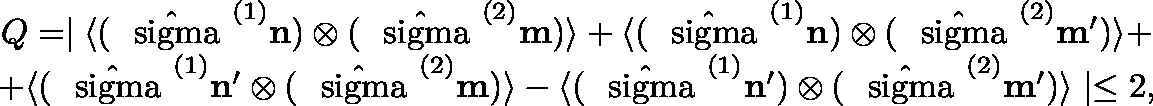
\begin{array} { c } { { Q = \mid \langle ( \hat { \mathrm { \boldmath ~ \ s i g m a ~ } } ^ { ( 1 ) } { \bf n } ) \otimes ( \hat { \mathrm { \boldmath ~ \ s i g m a ~ } } ^ { ( 2 ) } { \bf m } ) \rangle + \langle ( \hat { \mathrm { \boldmath ~ \ s i g m a ~ } } ^ { ( 1 ) } { \bf n } ) \otimes ( \hat { \mathrm { \boldmath ~ \ s i g m a ~ } } ^ { ( 2 ) } { \bf m } ^ { \prime } ) \rangle + } } \\ { { + \langle ( \hat { \mathrm { \boldmath ~ \ s i g m a ~ } } ^ { ( 1 ) } { \bf n } ^ { \prime } \otimes ( \hat { \mathrm { \boldmath ~ \ s i g m a ~ } } ^ { ( 2 ) } { \bf m } ) \rangle - \langle ( \hat { \mathrm { \boldmath ~ \ s i g m a ~ } } ^ { ( 1 ) } { \bf n } ^ { \prime } ) \otimes ( \hat { \mathrm { \boldmath ~ \ s i g m a ~ } } ^ { ( 2 ) } { \bf m } ^ { \prime } ) \rangle \mid \le 2 , } } \end{array}